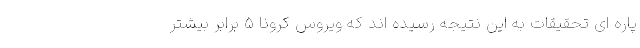
پاره ای تحقیقات به این نتیجه رسیده اند که ویروس کرونا ۵ برابر بیشتر